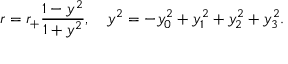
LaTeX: r = r _ { + } \frac { 1 - y ^ { 2 } } { 1 + y ^ { 2 } } , \ \ \ y ^ { 2 } = - y _ { 0 } ^ { 2 } + y _ { 1 } ^ { 2 } + y _ { 2 } ^ { 2 } + y _ { 3 } ^ { 2 } .